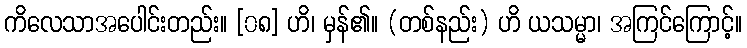
ကိလေသာအပေါင်းတည်း။ [၀၈] ဟိ၊ မှန်၏။ (တစ်နည်း) ဟိ ယသမ္မာ၊ အကြင်ကြောင့်။